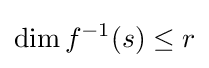
\operatorname {dim} f^{-1}(s)\leq r